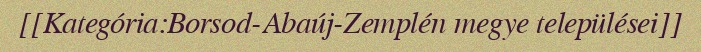
[[Kategória:Borsod-Abaúj-Zemplén megye települései]]